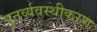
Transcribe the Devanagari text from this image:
पुनर्व्यवस्थीकरण